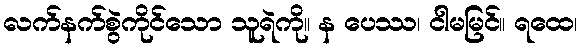
လက်နက်စွဲကိုင်သော သူရဲကို။ န ပေဿ၊ ငါမမြင်။ ရထေ၊